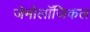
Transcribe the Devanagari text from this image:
जेमोलॉजिकल